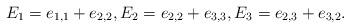
LaTeX: \begin{gather*}E_1 = e_{1,1}+e_{2,2},E_2 = e_{2,2}+e_{3,3},E_3=e_{2,3}+e_{3,2}.\end{gather*}